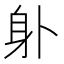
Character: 𨈒